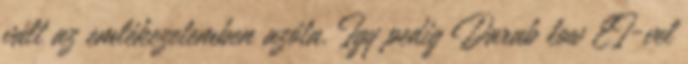
vált az emlékezetemben azóta. Így pedig Darab low EI-vel